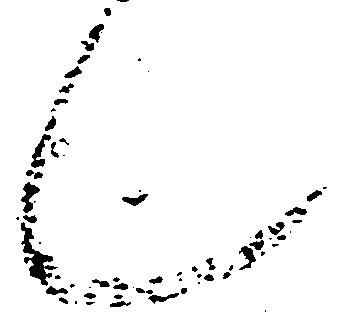
也